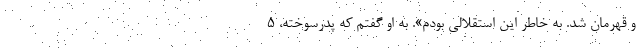
و قهرمان شد. به خاطر این استقلالی بودم». به او گفتم که پدرسوخته، ۵